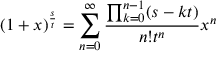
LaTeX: ( 1 + x ) ^ { \frac { s } { t } } = \sum _ { n = 0 } ^ { \infty } { \frac { \prod _ { k = 0 } ^ { n - 1 } ( s - k t ) } { n ! t ^ { n } } } x ^ { n }